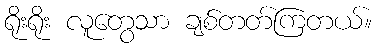
ရိုးရိုး လူတွေသာ ချစ်တတ်ကြတယ်။